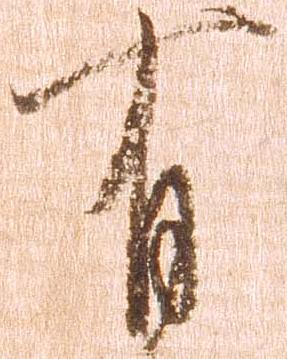
有